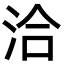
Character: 洽